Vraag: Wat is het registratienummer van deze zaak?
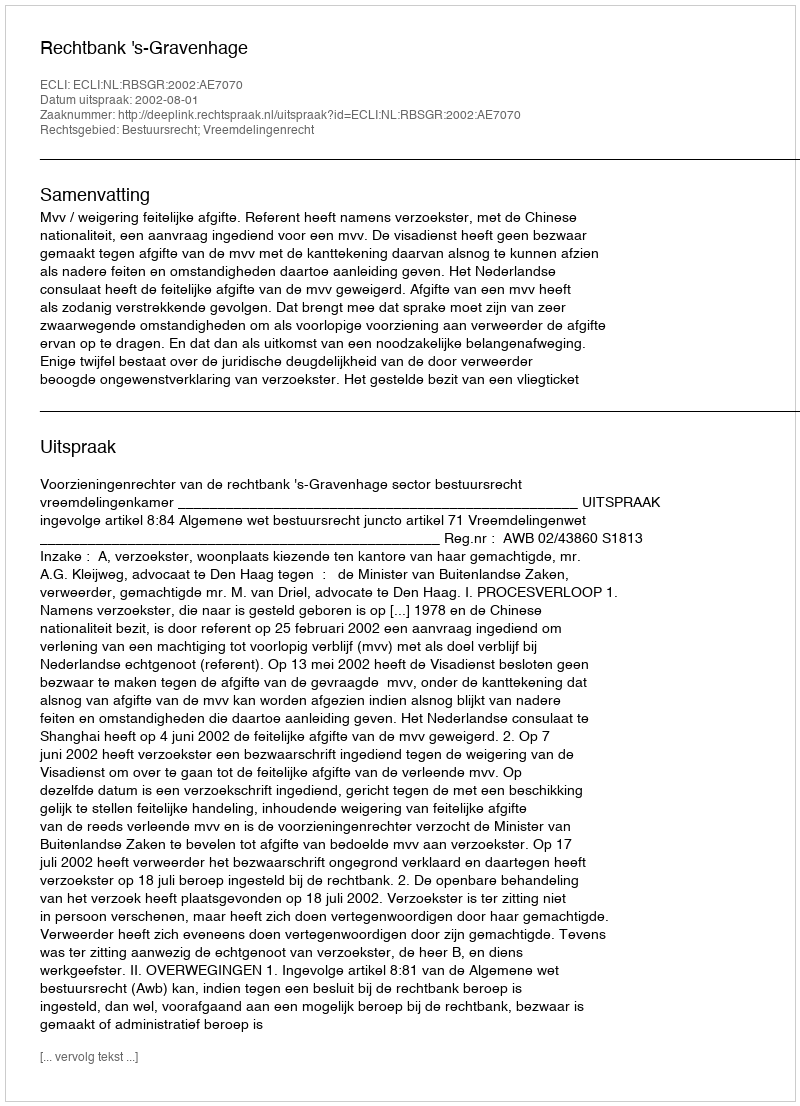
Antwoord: http://deeplink.rechtspraak.nl/uitspraak?id=ECLI:NL:RBSGR:2002:AE7070